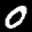
Label: 0